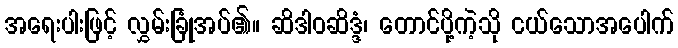
အရေးပါးဖြင့် လွှမ်းခြုံအပ်၏။ ဆိဒါဝဆိဒ္ဒံ၊ တောင်ပို့ကဲ့သို ငယ်သောအပေါက်